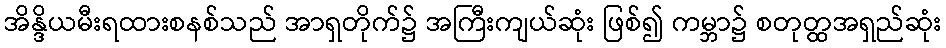
အိန္ဒိယမီးရထားစနစ်သည် အာရှတိုက်၌ အကြီးကျယ်ဆုံး ဖြစ်၍ ကမ္ဘာ၌ စတုတ္ထအရှည်ဆုံး